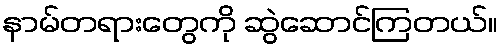
နာမ်တရားတွေကို ဆွဲဆောင်ကြတယ်။